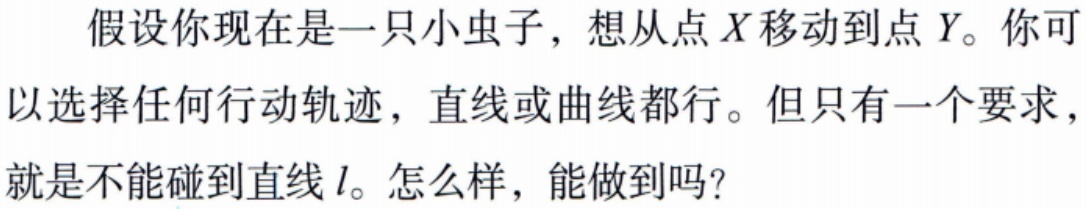
假设你现在是一只小虫子，想从点\(X\)移动到点\(Y\)。你可以选择任何行动轨迹，直线或曲线都行。但只有一个要求，就是不能碰到直线\(l\)。怎么样，能做到吗？